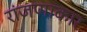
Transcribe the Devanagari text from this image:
रांजणाकार